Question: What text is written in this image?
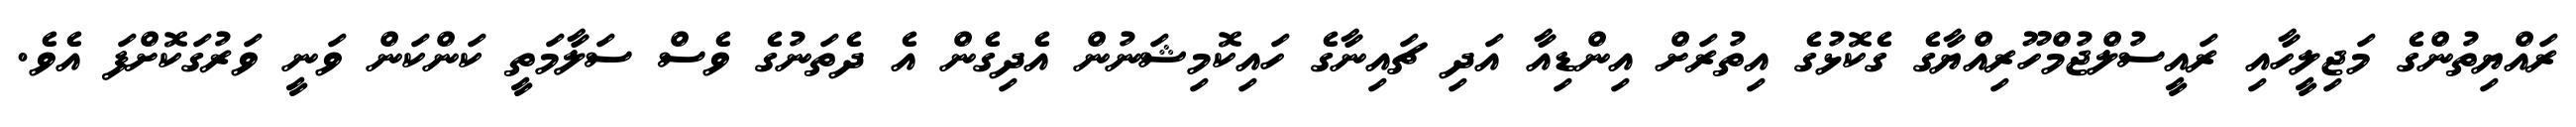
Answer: ރައްޔިތުންގެ މަޖިލީހާއި ރައީސުލްޖުމްހޫރިއްޔާގެ ގެކޮޅުގެ އިތުރަށް އިންޑިއާ އަދި ޗައިނާގެ ހައިކޮމިޝަނުން އެދިގެން އެ ދެތަނުގެ ވެސް ސަލާމަތީ ކަންކަން ވަނީ ވަރުގަކޮށްފަ އެވެ.